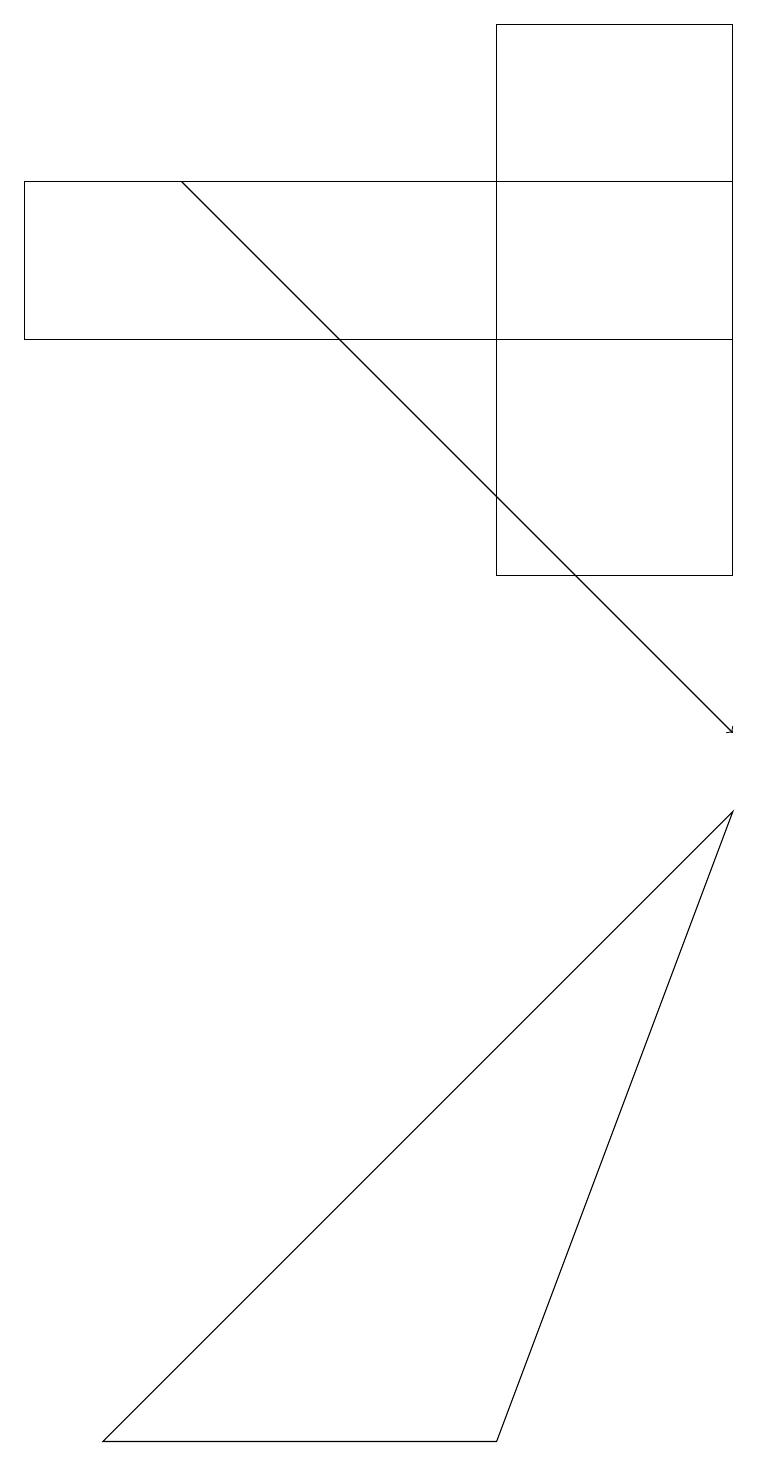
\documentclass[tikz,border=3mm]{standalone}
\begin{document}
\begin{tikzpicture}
\draw (9,17) rectangle (0,15);
\draw (9,19) rectangle (6,12);
\draw[->] (2,17) -- (9,10);
\draw (1,1) -- (6,1) -- (9,9) -- cycle;
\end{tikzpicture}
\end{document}